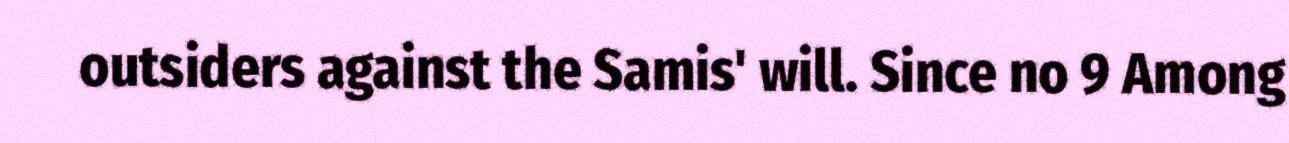
outsiders against the Samis' will. Since no 9 Among